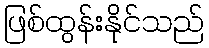
ဖြစ်ထွန်းနိုင်သည်